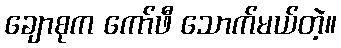
ချောစုက ကော်ဖီ သောက်မယ်တဲ့။